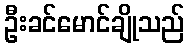
ဦးခင်မောင်ချိုသည်